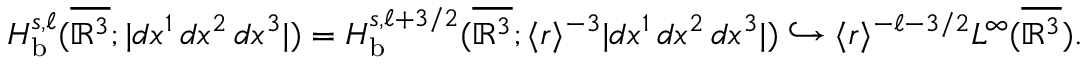
H _ { \mathrm { b } } ^ { s , \ell } ( \overline { { \mathbb { R } ^ { 3 } } } ; | d x ^ { 1 } \, d x ^ { 2 } \, d x ^ { 3 } | ) = H _ { \mathrm { b } } ^ { s , \ell + 3 / 2 } ( \overline { { \mathbb { R } ^ { 3 } } } ; \langle r \rangle ^ { - 3 } | d x ^ { 1 } \, d x ^ { 2 } \, d x ^ { 3 } | ) \hookrightarrow \langle r \rangle ^ { - \ell - 3 / 2 } L ^ { \infty } ( \overline { { \mathbb { R } ^ { 3 } } } ) .